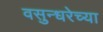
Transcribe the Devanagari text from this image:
वसुन्धरेच्या